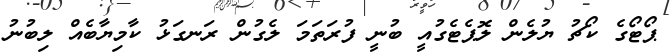
ޕޯޓޯގެ ކޯޗު ޔުލެން ލޮޕެޓެގުއީ ބުނީ ފުރަތަމަ ލެގުން ރަނގަޅު ކާމިޔާބެއް ލިބުނު